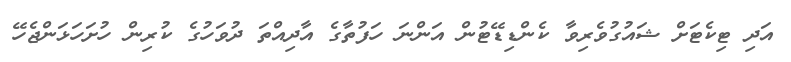
އަދި ޓިކެޓަށް ޝައުގުވެރިވާ ކެންޑިޑޭޓުން އަންނަ ހަފުތާގެ އާދިއްތަ ދުވަހުގެ ކުރިން ހުށަހަޅަންޖެހޭ